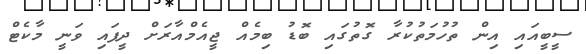
ސީބީއައި އިން ތުހުމަތުކުރާ ގޮތުގައި ބޮޑު ބިމެއް ޖީއެމްއާރަށް ދީފައި ވަނީ މާކެޓް